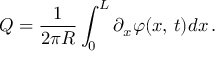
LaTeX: Q = \frac { 1 } { 2 \pi R } \int _ { 0 } ^ { L } \partial _ { x } \varphi ( x , \, t ) d x \, .